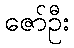
ဇော်ဦး